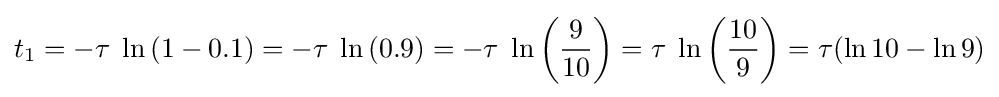
t_{1}=-\tau \;\ln \left(1-0.1\right)=-\tau \;\ln \left(0.9\right)=-\tau \;\ln \left({\frac {9}{10}}\right)=\tau \;\ln \left({\frac {10}{9}}\right)=\tau ({\ln 10}-{\ln 9})